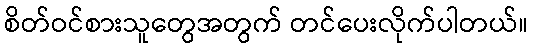
စိတ်ဝင်စားသူတွေအတွက် တင်ပေးလိုက်ပါတယ်။